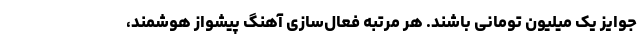
جوایز یک میلیون تومانی باشند. هر مرتبه فعال‌سازی آهنگ پیشواز هوشمند،